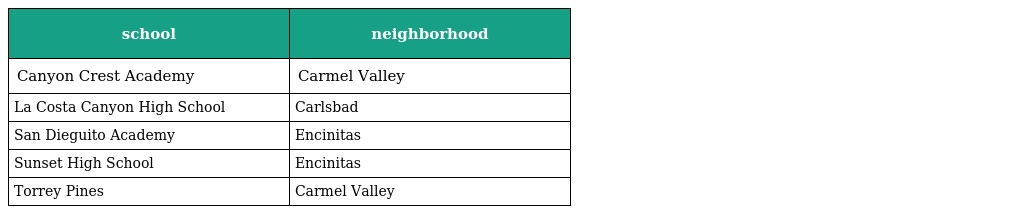
| school | neighborhood |
 | --- | --- |
 | Canyon Crest Academy | Carmel Valley |
 | La Costa Canyon High School | Carlsbad |
 | San Dieguito Academy | Encinitas |
 | Sunset High School | Encinitas |
 | Torrey Pines | Carmel Valley |